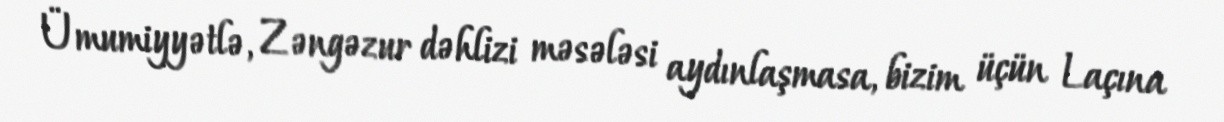
Ümumiyyətlə, Zəngəzur dəhlizi məsələsi aydınlaşmasa, bizim üçün Laçına